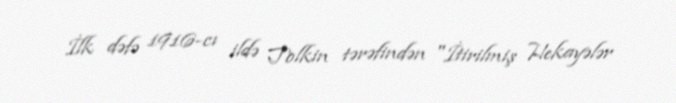
İlk dəfə 1916-cı ildə Tolkin tərəfindən "İtirilmiş Hekayələr